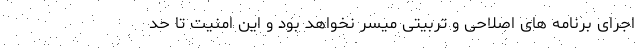
اجرای برنامه های اصلاحی و تربیتی میسر نخواهد بود و این امنیت تا حد